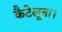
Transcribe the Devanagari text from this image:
कैटेलूना।